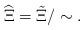
LaTeX: \begin{align*} \widehat{\Xi} = \tilde \Xi/\sim.\end{align*}